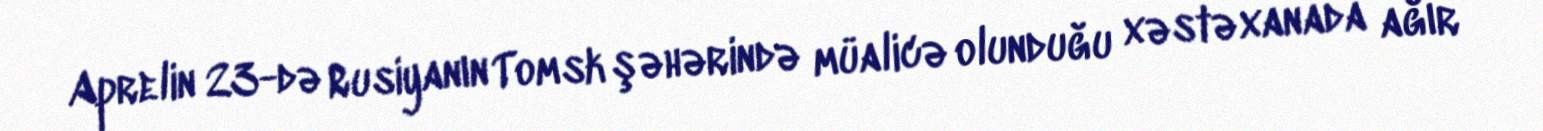
Aprelin 23-də Rusiyanın Tomsk şəhərində müalicə olunduğu xəstəxanada ağır